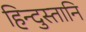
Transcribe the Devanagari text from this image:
हिन्दुस्तानि